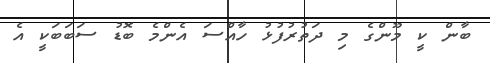
ބާން ކީ މޫންގެ މި ދަތުރުފުޅު ހާއްސަ އެންމެ ބޮޑު ސަބަބަކީ އެ